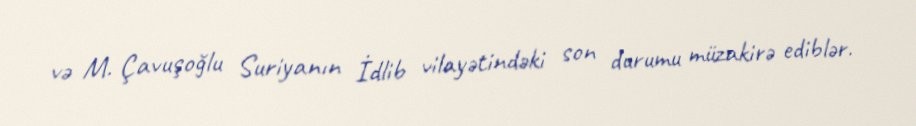
və M. Çavuşoğlu Suriyanın İdlib vilayətindəki son durumu müzakirə ediblər.